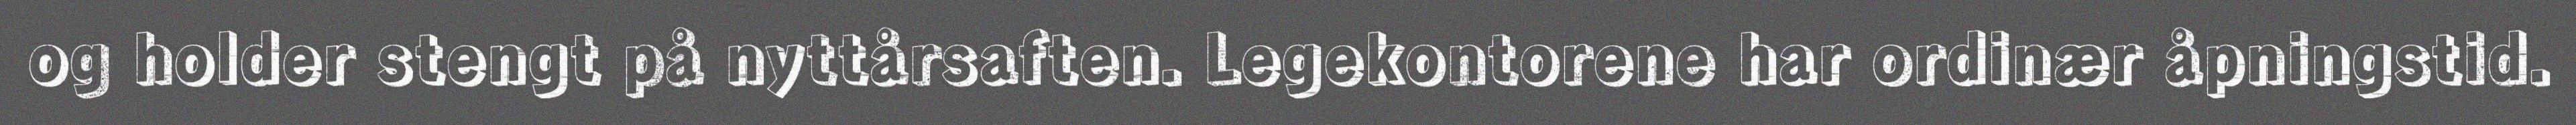
og holder stengt på nyttårsaften. Legekontorene har ordinær åpningstid.